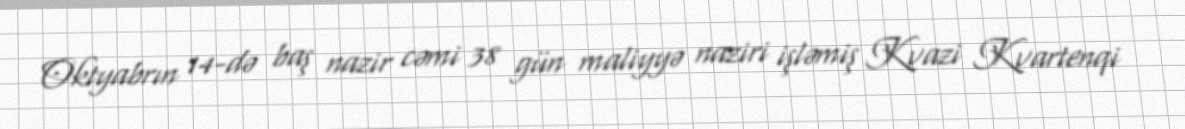
Oktyabrın 14-də baş nazir cəmi 38 gün maliyyə naziri işləmiş Kvazi Kvartenqi